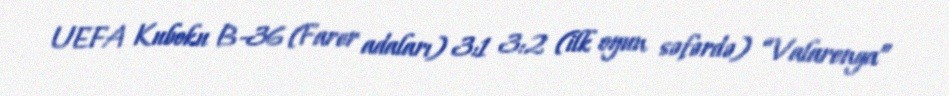
UEFA Kuboku B-36 (Farer adaları) 3:1 3:2 (ilk oyun səfərdə) “Valarenga”